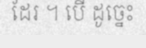
ដែរ ។ បើ ដូច្នេះ